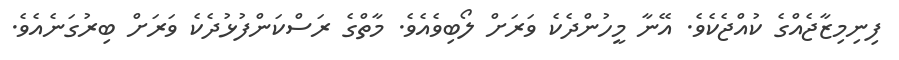
ފިނިމިޒާޖެއްގެ ކުއްޖެކެވެ. އޭނާ މީހުންދެކެ ވަރަށް ލޯބިވެއެވެ. މާތްގެ ރަސްކަންފުޅުދެކެ ވަރަށް ބިރުގަނެއެވެ.